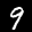
Label: 9